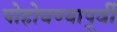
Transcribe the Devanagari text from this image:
पोहोचण्यापूर्वी